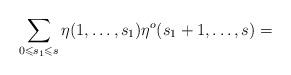
LaTeX: \begin{align*} \sum _{0\leqslant s_1\leqslant s}\eta (1,\dots ,s_1)\eta ^o(s_1+1,\dots ,s)=\qquad\qquad\qquad\qquad\end{align*}